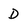
Character: D